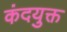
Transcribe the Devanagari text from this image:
कंदयुक्त